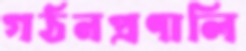
গঠনপ্রণালি